Tezpur Lunatic Asylum reports 1895-1904 - 1895-1904
Year: 1895
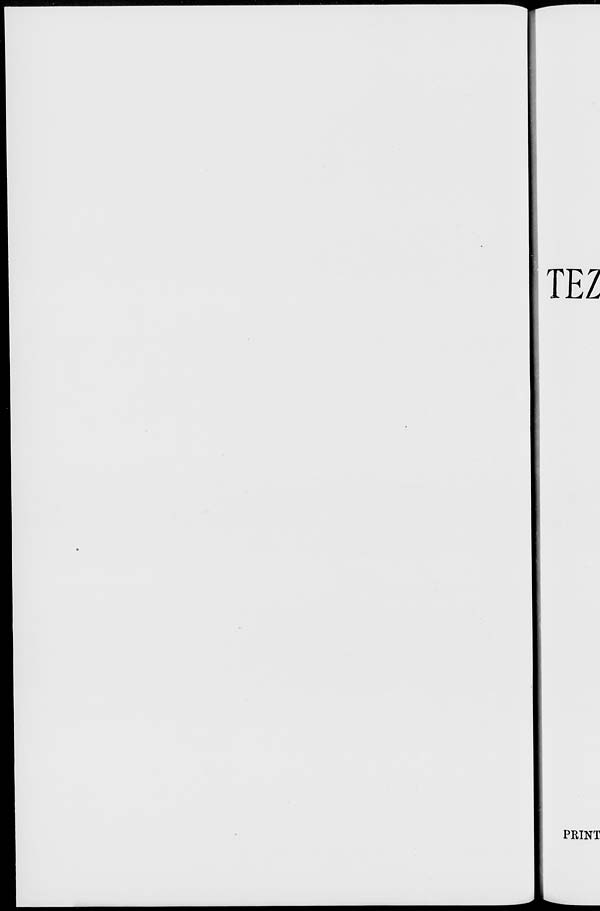
TEZ
PRINT